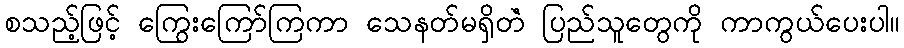
စသည့်ဖြင့် ကြွေးကြော်ကြကာ သေနတ်မရှိတဲံ ပြည်သူတွေကို ကာကွယ်ပေးပါ။